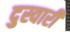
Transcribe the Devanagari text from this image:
दुस्वारी